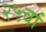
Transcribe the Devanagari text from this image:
२५वां